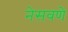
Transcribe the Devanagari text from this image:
नेसवणे